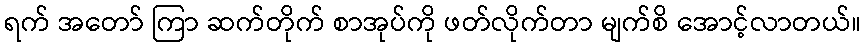
ရက် အတော် ကြာ ဆက်တိုက် စာအုပ်ကို ဖတ်လိုက်တာ မျက်စိ အောင့်လာတယ်။